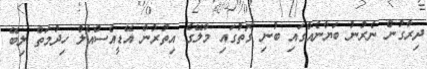
ދިރާގުން ނެރުނު ބަޔާނެއްގައި ބުނި ގޮތުގައި މާލޭގެ އިތުރުން އޭޑީއެސްއެލް ހިދުމަތް ލިބޭ